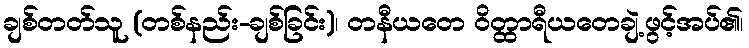
ချစ်တတ်သူ (တစ်နည်း-ချစ်ခြင်း)၊ တနီယတေ ဝိတ္ထာရီယတေချဲ့ဖွင့်အပ်၏၊